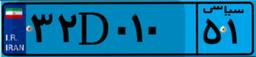
۶۰D۳۳۱۹۹